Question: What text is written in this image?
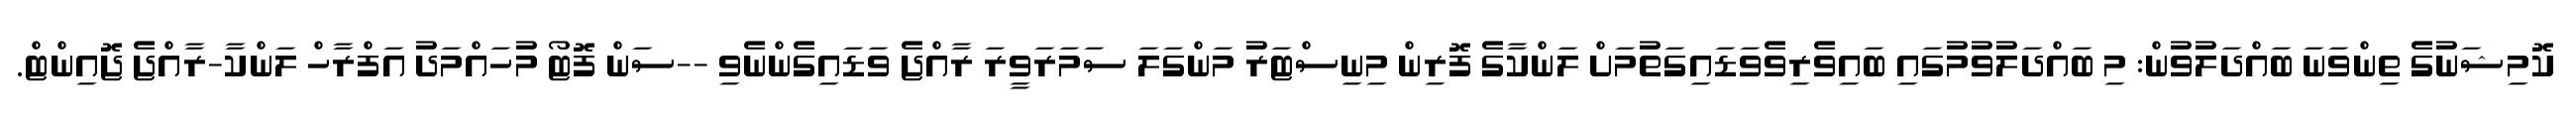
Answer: ކޮމިޝަނުގެ ތިންވަނަ ބައްދަލުވުން: މި ބައްދަލުވުމުގައި ބައިވެރިވެވަޑައިގަތުމަށް ލަންކާގެ ފޮރިން މިނިސްޓަރު މަންގަލަ ސަމަރަވީރަ ރާއްޖެ ވަޑައިގެންނެވި --ސަން ފޮޓޯ މުހައްމަދު އަފްރާހް ލަންކާ-ރާއްޖެ ޖޮއިންޓް.